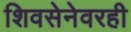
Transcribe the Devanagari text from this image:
शिवसेनेवरही